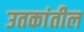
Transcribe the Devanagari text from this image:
उतकांतील